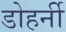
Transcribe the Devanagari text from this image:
डोहर्नी